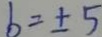
b = \pm 5